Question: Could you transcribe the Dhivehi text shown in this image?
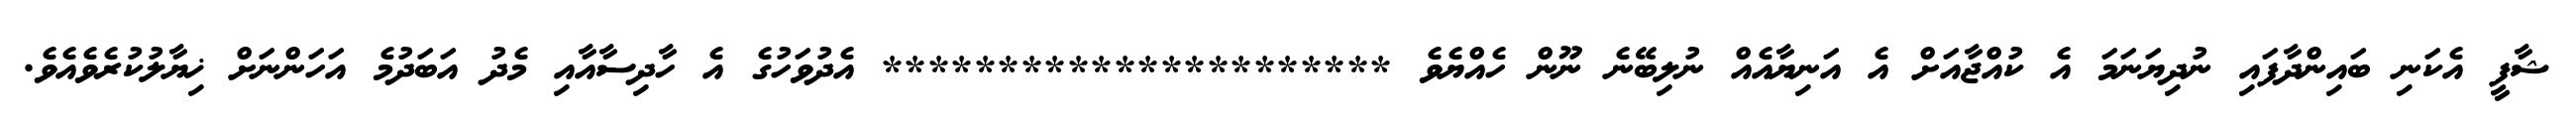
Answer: ޝާފީ އެކަނި ބައިންދާފައި ނުދިޔަނަމަ އެ ކުއްޖާއަށް އެ އަނިޔާއެއް ނުލިބޭނެ ނޫން ހެއްޔެވެ ********************** އެދުވަހުގެ އެ ހާދިސާއާއި މެދު އަބަދުމެ އަހަންނަށް ޚިޔާލުކުރެވެއެވެ.